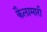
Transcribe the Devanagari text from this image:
कैलामारी